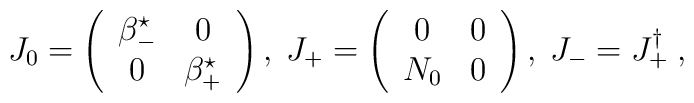
J_{0}= \left(      \begin{array}{cc}        \beta_-^{\star} & 0 \\        0  & \beta_+^{\star}       \end{array}    \right)  , \hspace{0.1cm}       J_{+}= \left(      \begin{array}{cc}        0 & 0  \\        N_{0} & 0      \end{array}    \right) , \hspace{0.1cm}    J_{-} = J_{+}^{\dag} \hspace{0.1cm} ,